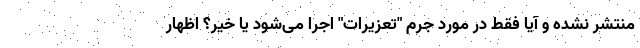
منتشر نشده و آیا فقط در مورد جرم "تعزیرات" اجرا می‌شود یا خیر؟ اظهار